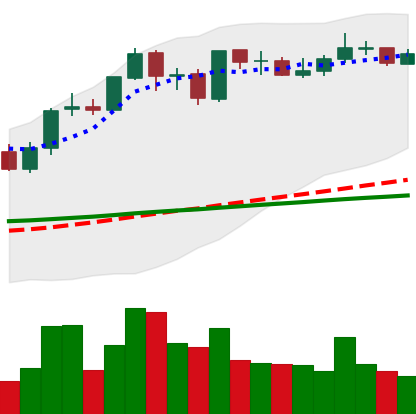
Ticker: ADA-USD
Chart end date: 2021-09-05
Forward return: -18.033%
Label: down_7plus